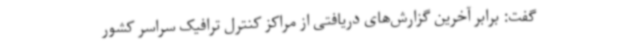
گفت: برابر آخرین گزارش‌های دریافتی از مراکز کنترل ترافیک سراسر کشور